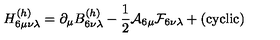
H _ { 6 \mu \nu \lambda } ^ { ( h ) } = \partial _ { \mu } B _ { 6 \nu \lambda } ^ { ( h ) } - { \frac { 1 } { 2 } } { \cal A } _ { 6 \mu } { \cal F } _ { 6 \nu \lambda } + ( \mathrm { c y c l i c } )